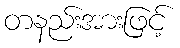
တနည်းအားဖြင့်